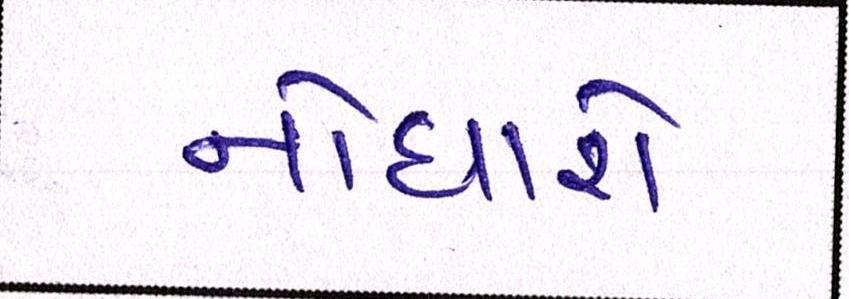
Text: નોંધાશે